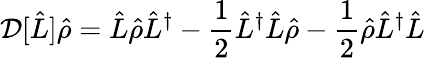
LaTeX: \mathcal{D}[\hat{L}]\hat{\rho}=\hat{L}\hat{\rho}\hat{L}^{\dagger}-\frac{1}{2}\hat{L}^{\dagger}\hat{L}\hat{\rho}-\frac{1}{2}\hat{\rho}\hat{L}^{\dagger}\hat{L}